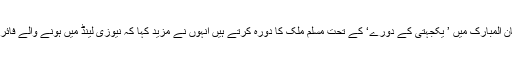
انتونیو گیوتیرس عام طور پر رمضان المبارک میں ’ یکجہتی کے دورے‘ کے تحت مسلم ملک کا دورہ کرتے ہیں انہوں نے مزید کہا کہ نیوزی لینڈ میں ہونے والے فائرنگ کے باعث دورے کا فیصلہ کیا۔